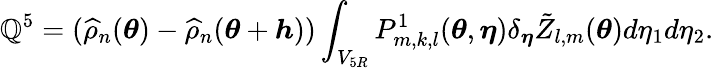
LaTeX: \mathbb{Q}^{5}=(\widehat{{\rho}}_{n}({\boldsymbol{\theta}})-\widehat{{\rho}}_{n}({\boldsymbol{\theta}}+{\boldsymbol{h}}))\int_{V_{5R}}P_{m,k,l}^{1}({\boldsymbol{\theta}},{\boldsymbol{\eta}})\delta_{{\boldsymbol{\eta}}}\tilde{{Z}}_{l,m}({\boldsymbol{\theta}})d\eta_{1}d\eta_{2}.